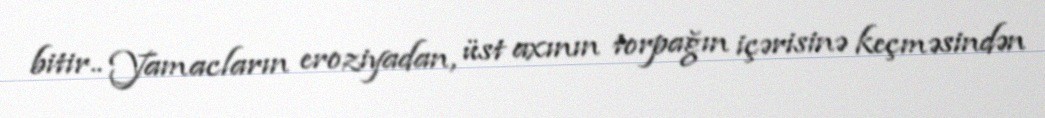
bitir.. Yamacların eroziyadan, üst axının torpağın içərisinə keçməsindən